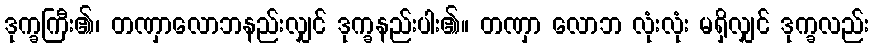
ဒုက္ခကြီး၏၊ တဏှာလောဘနည်းလျှင် ဒုက္ခနည်းပါး၏။ တဏှာ လောဘ လုံးလုံး မရှိလျှင် ဒုက္ခလည်း